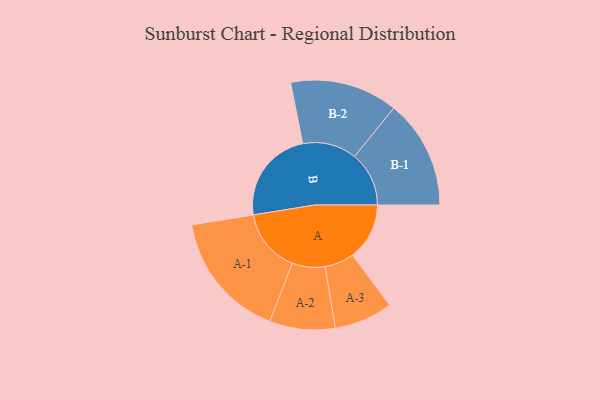
{"axis": {"x": "Segment", "y": "Value"}, "legend": ["", "A", "B"], "data": [{"x": "A", "y": 226, "type": ""}, {"x": "B", "y": 373, "type": ""}, {"x": "A-1", "y": 253, "type": "A"}, {"x": "A-2", "y": 130, "type": "A"}, {"x": "A-3", "y": 116, "type": "A"}, {"x": "B-1", "y": 216, "type": "B"}, {"x": "B-2", "y": 214, "type": "B"}]}